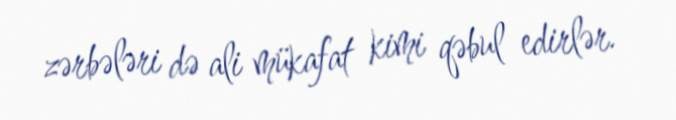
zərbələri də ali mükafat kimi qəbul edirlər.